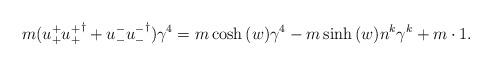
LaTeX: \begin{align*}m ( u_{+}^{+ } {u_{+}^{+ }}^{\dagger} + u_{-}^{- } {u_{-}^{- }}^{\dagger} ) \gamma^{4} = m \cosh{(w)} \gamma^{4} - m \sinh{(w)} n^{k} \gamma^{k} + m \cdot 1 .\end{align*}